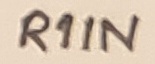
Text: R1IN